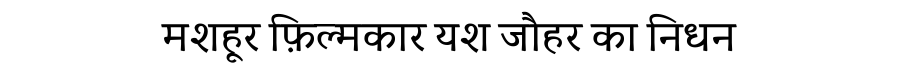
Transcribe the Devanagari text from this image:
मशहूर फ़िल्मकार यश जौहर का निधन